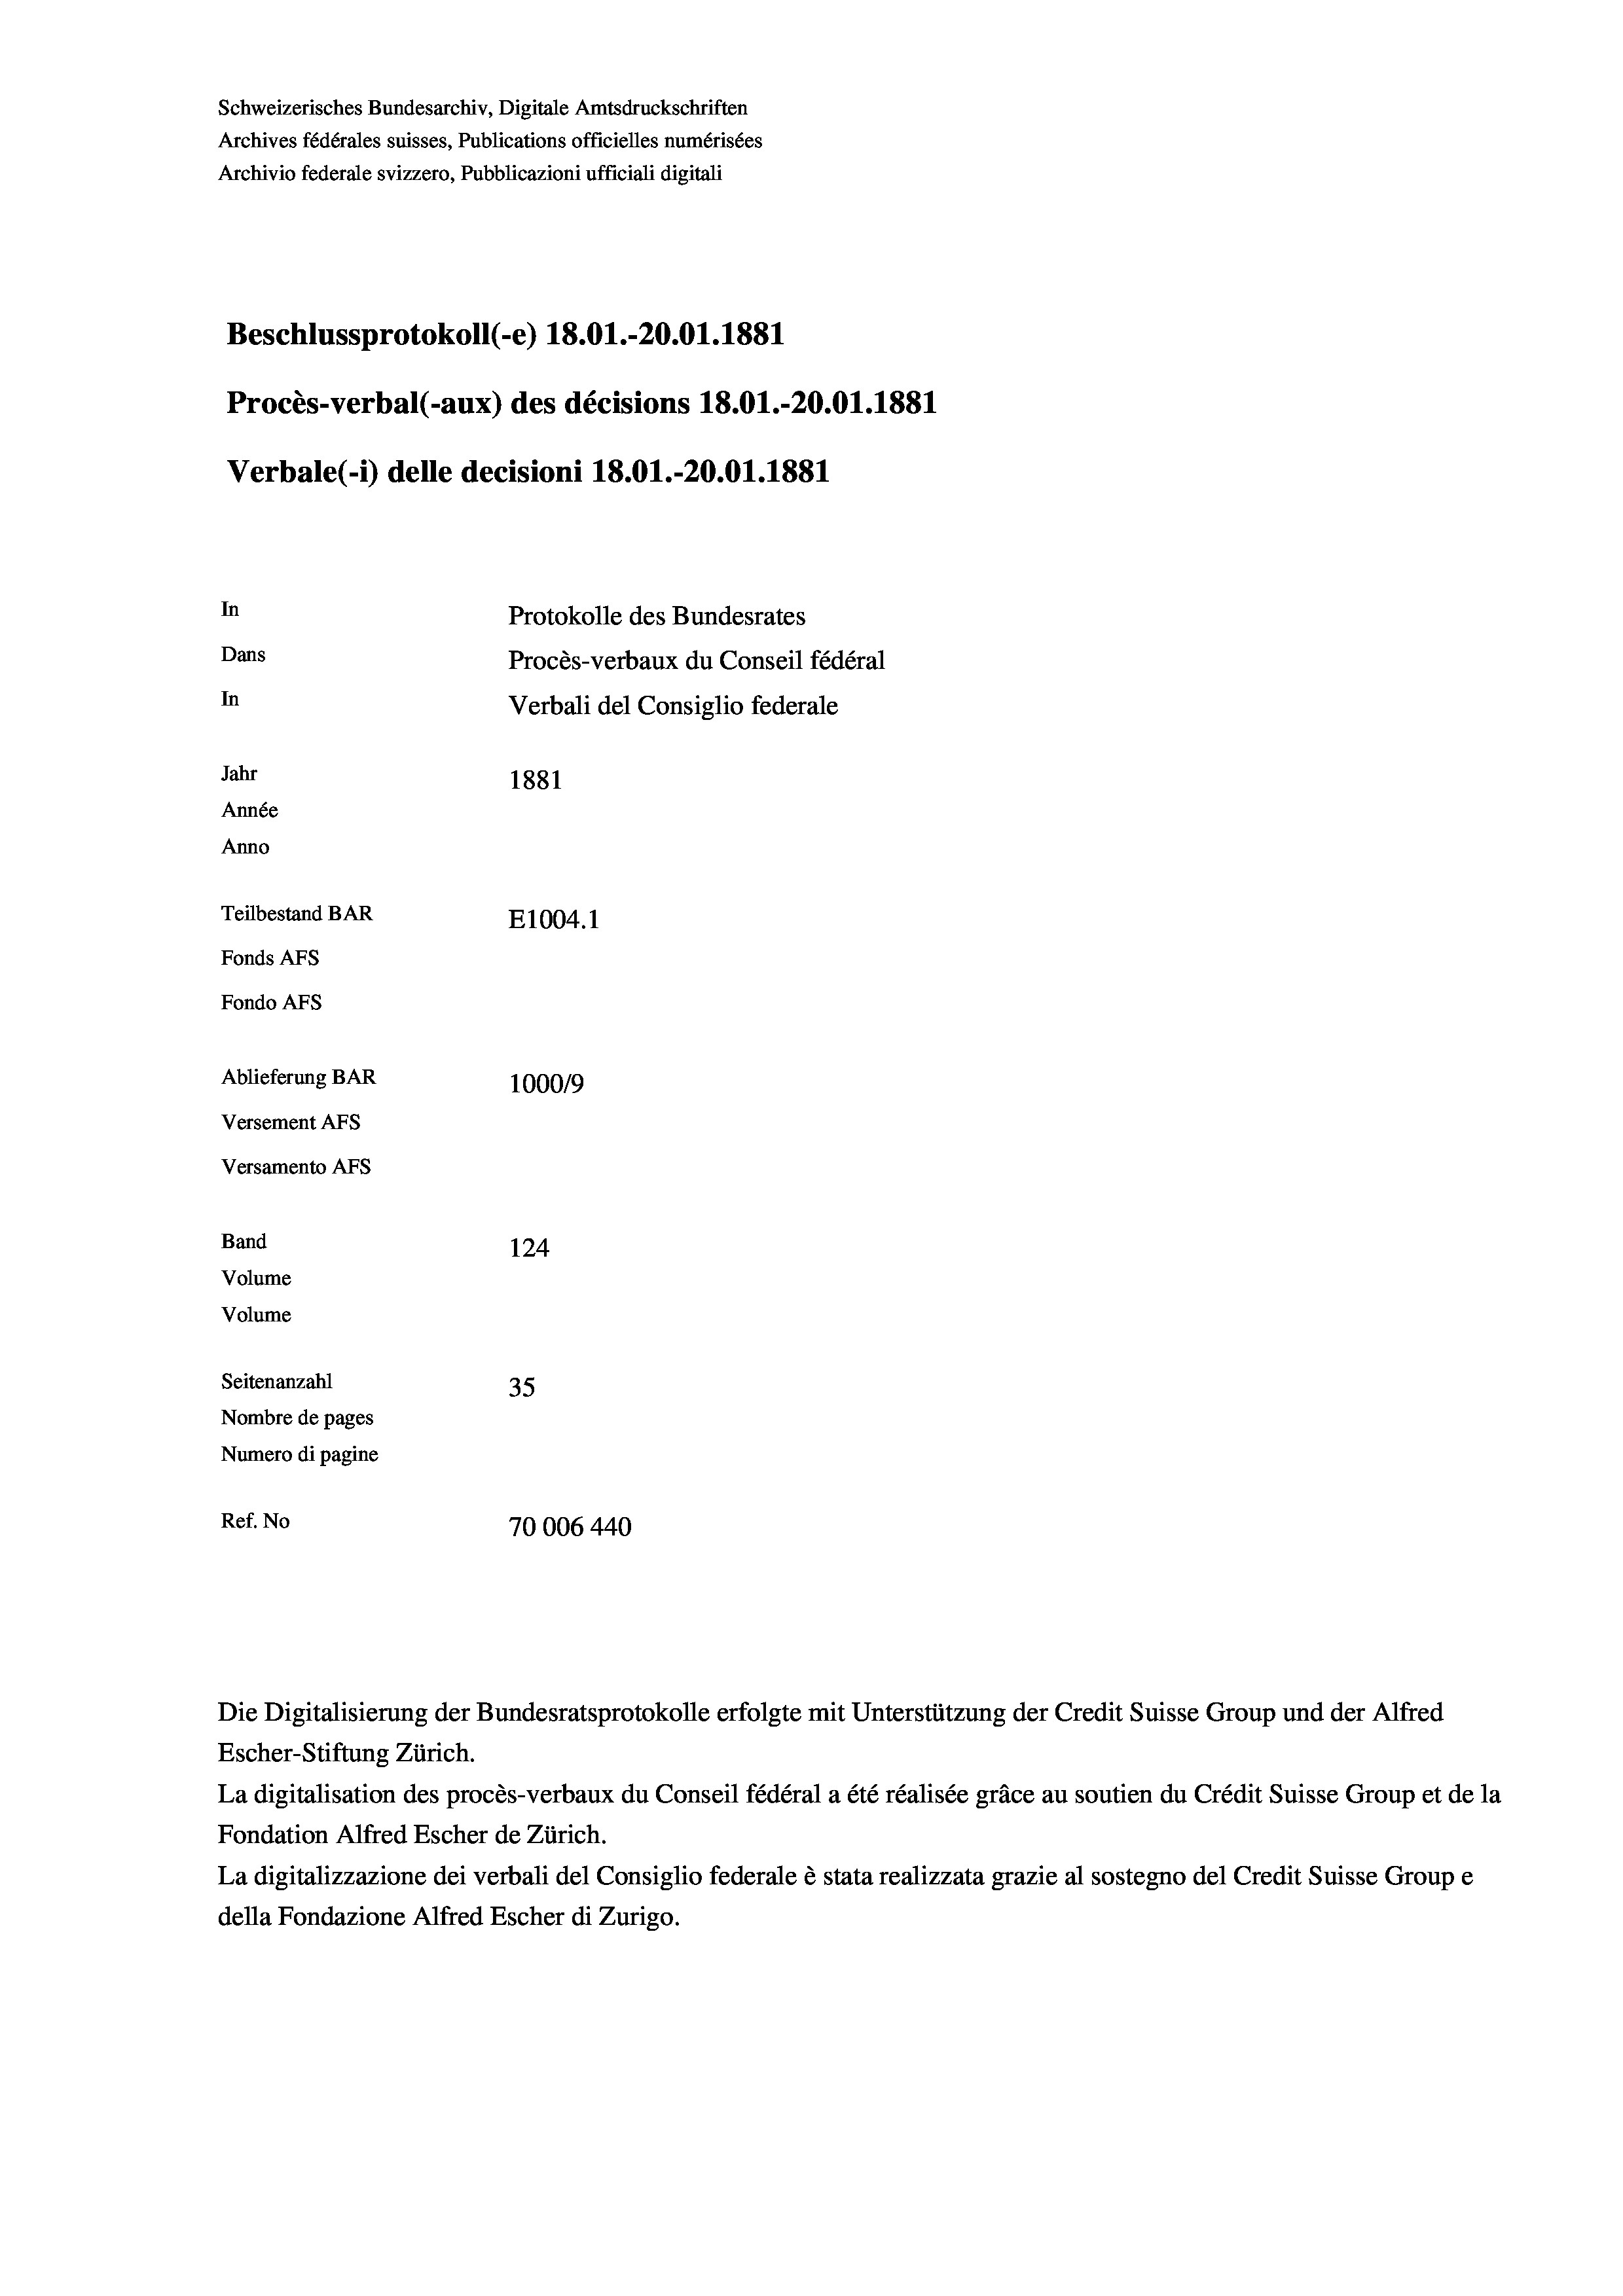
Schweizerisches Bundesarchiv, Digitale Amtsdruckschriften
Archives fédérales suisses, Publications officielles numérisées
Archivio federale svizzero, Pubblicazioni ufficiali digitali
Beschlussprotokoll (-e) 18.01.-20.01. 1881
Procès-verbal (-aux) des décisions 18.01.-20.01.1881
Verbale (- 1) delle decisioni 18.01.-20.01.1881
In
Protokolle des Bundesrates
Dans
Procès-verbaux du Conseil fédéral
In
Verbali del Consiglio federale
Jahr
1881
Année
Anno
Teilbestand BAR
E1004. 1
Fonds AFs
Fondo Afs
Ablieferung BAR
100019
Versement AFs
Versamento Afs
Band
124
Volume
Volume
Seitenanzahl
35

Nombre de pages
Numero di pagine
Ref. No
70006 440

La digitalisation des procès-verbaux du Conseil fédéral a été réalisée gräce au soutien du Crédit Suisse Group et de la
Fondation Alfred Escher de Zürich.
La digitalizzazione dei verbali del Consiglio federale è stata realizzata grazie al sostegno del Credit Suisse Groupe
della Fondazione Alfred Escher di Zurigo.

Die Digitalisierung der Bundesratsprotokolle erfolgte mit Unterstützung der Credit Suisse Group und der Alfred
Escher-Stiftung Zürich.